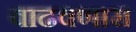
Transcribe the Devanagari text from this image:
वाढवणारा